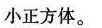
小正方体。